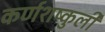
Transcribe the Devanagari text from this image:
कर्णशष्कुली